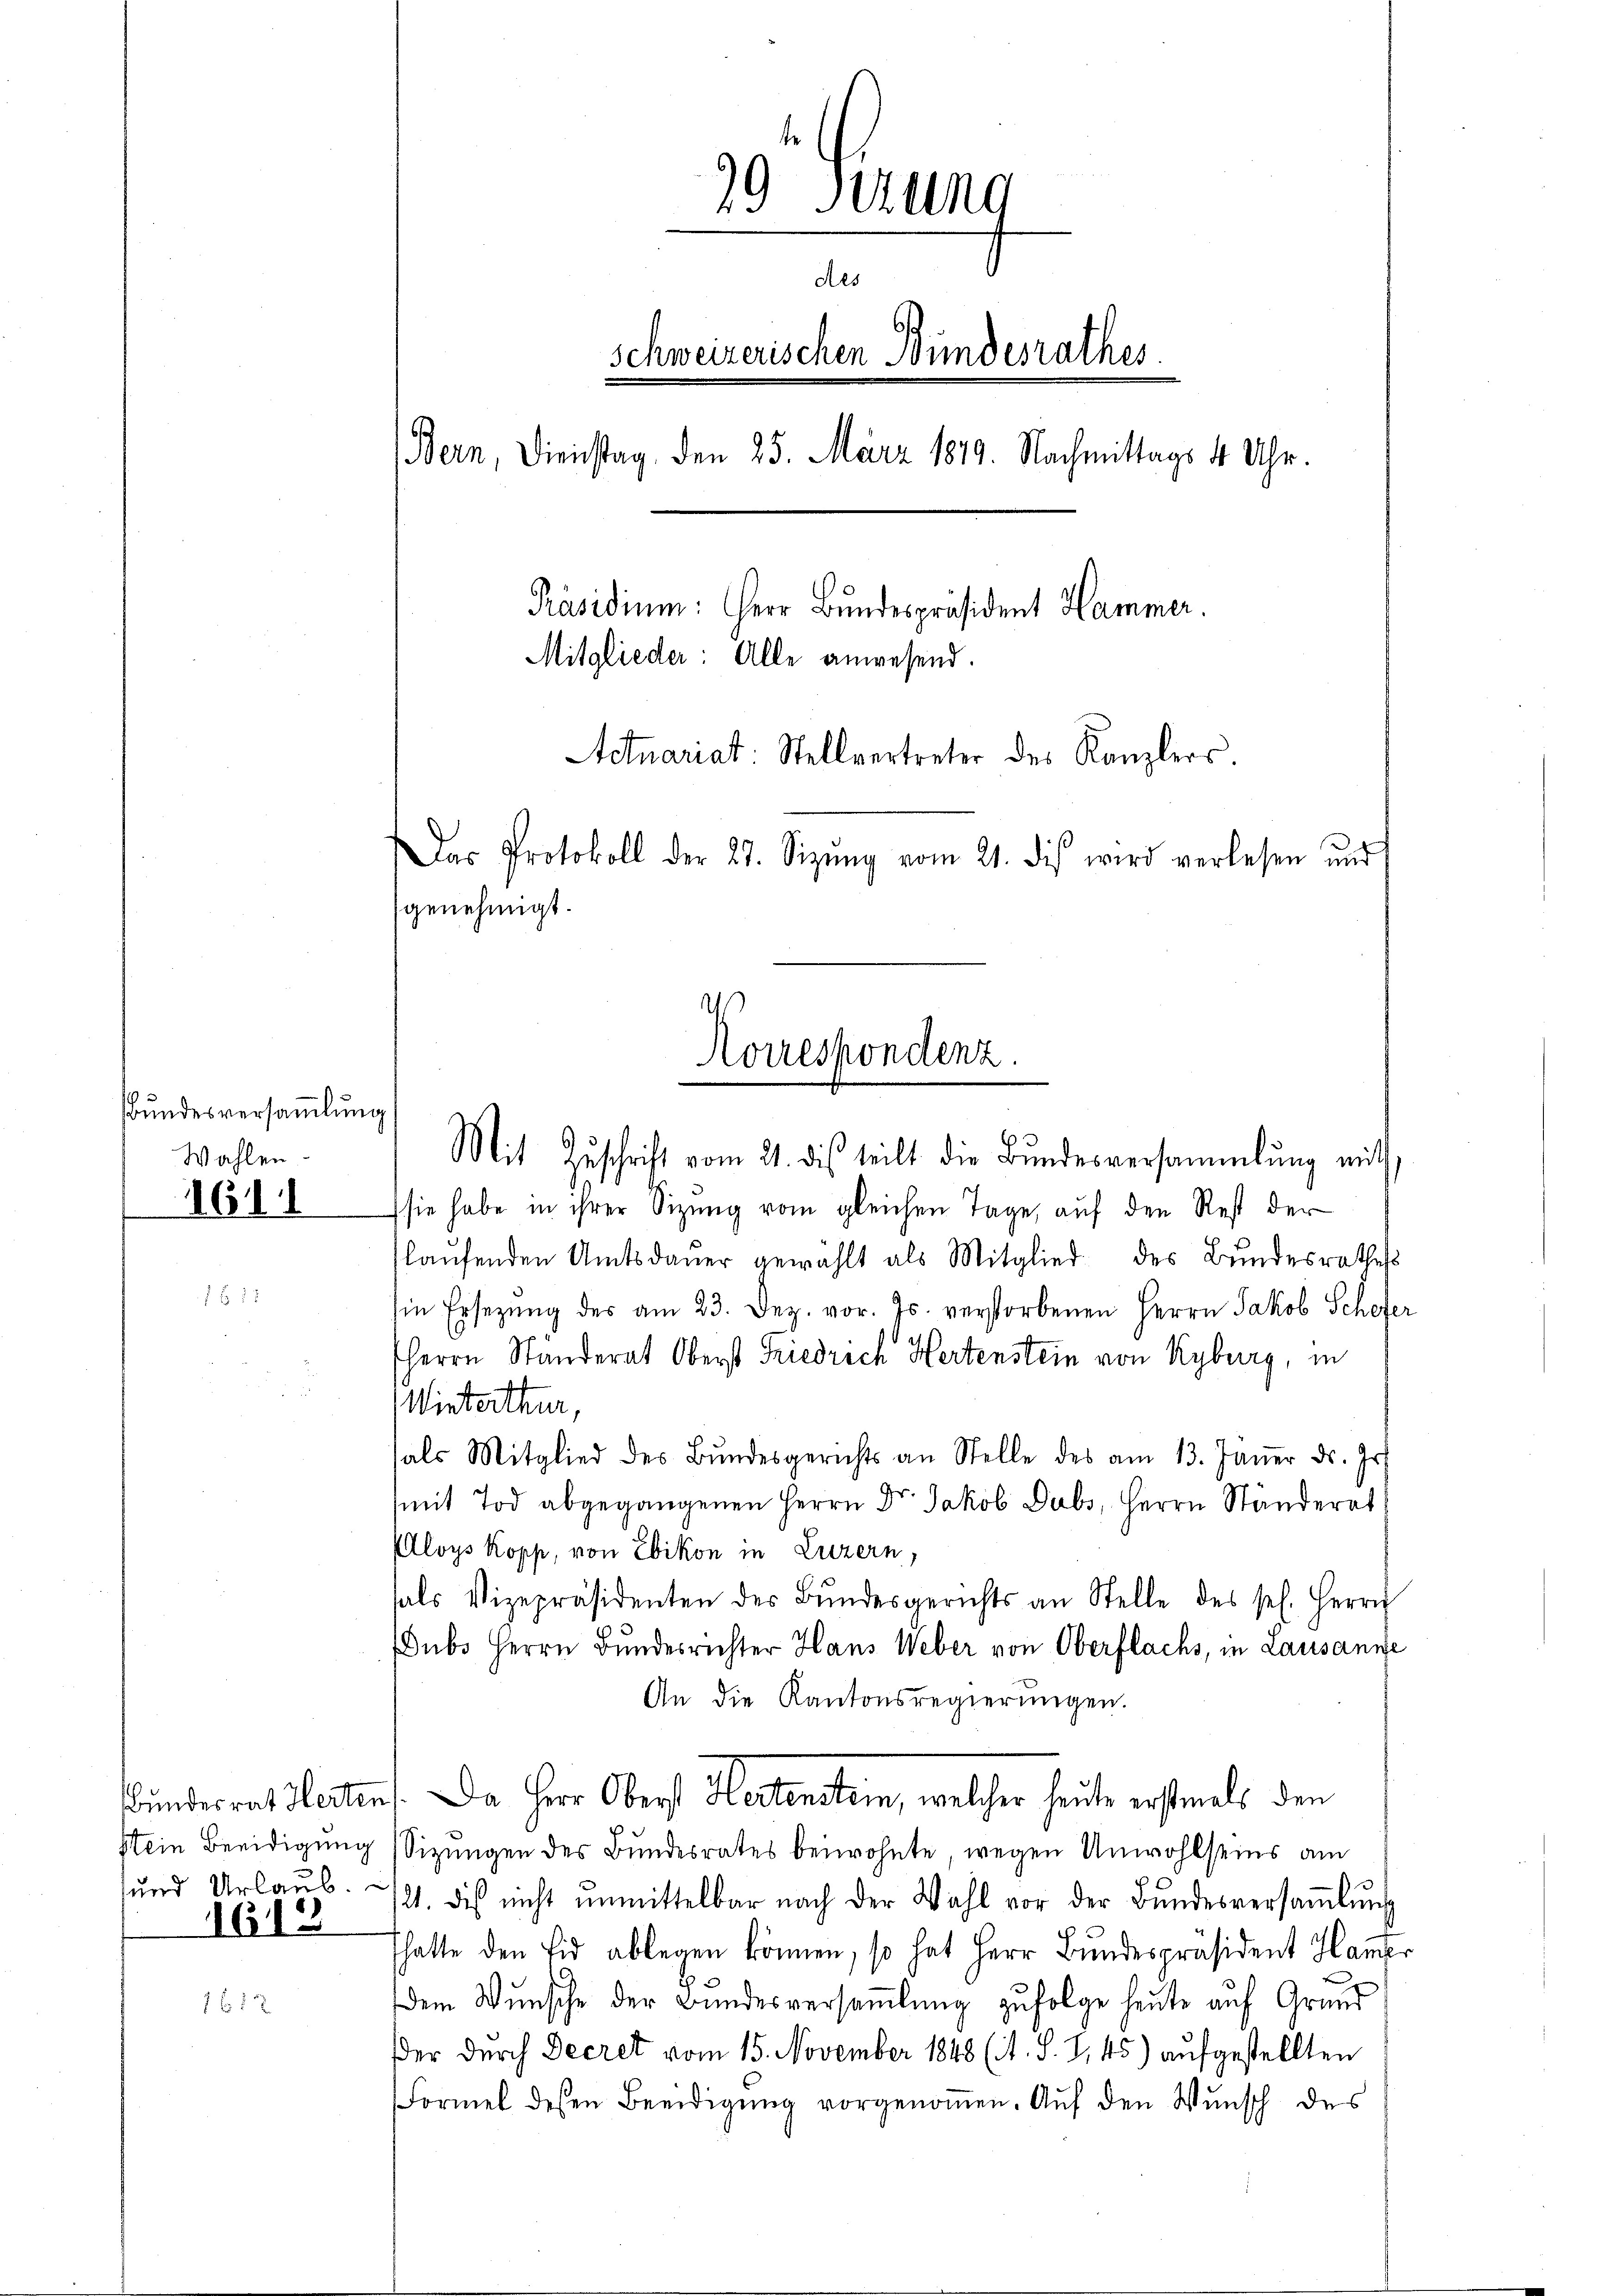
BBundesversammlung
Wahlen.

611

1613

99 Sitzung
Aes
Schweizerischen Bundesrathes.
Bern, Dienstag, den 25. März 1879. Nachmittags 4 Uhr.
Präsidium: Herr Bundespräsident Hammer.
Mitglieder: Alle anwesend.
Actuariat: Stellvertreter des Kanzlers.
Das Protokoll der 27. Sizŭng vom 21. dis wird verlesen und
genehmigt.

Mit Zŭschrift vom 21. dis teilt die Bŭndesversammlung mit
sie habe in ihrer Sizung vom gleichen Tage, auf den Rest der
laŭfenden Amtsdaŭer gewählt als Mitglied des Bŭndesrathess
Ein Ersetzŭng des am 23. Dez. vor. Js. verstorbenen Herrn Jakob Schefer
HHerrn Ständerat Oberst Friedrich Hertenstein von Kyburg, in
Winterthur,
hals Mitglied des Bŭndesgerichts an Stelle des am 13. Jäṅer ds. Jos.
(mit Tod abgegangenen Herrn Dr. Jakob Dubs, Herrn Ständerat
loys Kopp, von Ebikon in Luzern,
hals Vizepräsidenten der Bŭndesgerichts an Stelle des sel. Herrn
Dubs Herrn Bundesrichter Hans Weber von Oberflachs, in Lausanne
An die Kantonsregierungen.
Bundesrat Herten. Da Herr Oberst Hertenstein, welcher heute erstemals den
Stein Beeidigung (Sizungen des Bundesrates beiwohnte, wegen Unwohlseins am
sŭnd Urlaŭb. 2. dies nicht ŭnmittelbar nach der Wahl vor der Bŭndesversaṁlŭng
fhatte den Eid ablegen können, so hat Herr Bŭndespräsident Hamer
dem Wunsche der Bundesversammlung zufolge heute auf Grund
der durch Decret vom 15. November 1848 (1. S. 7, 45) aufgestellten
Formel dessen Beeidigung vorgenoṁen. Auf den Wunsch des

Korrespondenz.